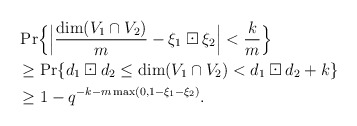
\begin{align*}&\Pr\Bigl\{ \Big|\frac{\dim(V_1 \cap V_2)}{m} -{\xi_1} \boxdot {\xi_2}\Big|< \frac{k}{m} \Bigr\} \\&\ge\Pr\{ {d_1} \boxdot {d_2}\le {\dim(V_1 \cap V_2)} < {d_1} \boxdot {d_2} +k \}\\&\ge 1-q^{-k-m\max(0,1-\xi_1-\xi_2)}. \end{align*}